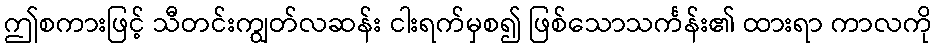
ဤစကားဖြင့် သီတင်းကျွတ်လဆန်း ငါးရက်မှစ၍ ဖြစ်သောသင်္ကန်း၏ ထားရာ ကာလကို